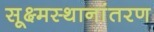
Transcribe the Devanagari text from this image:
सूक्ष्मस्थानांतरण